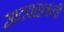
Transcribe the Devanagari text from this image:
सातवाहनाची